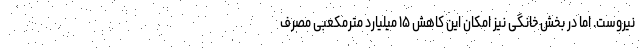
نیروست. اما در بخش خانگی نیز امکان این کاهش ۱۵ میلیارد مترمکعبی مصرف